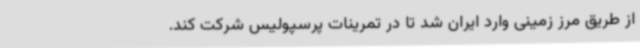
از طریق مرز زمینی وارد ایران شد تا در تمرینات پرسپولیس شرکت کند.